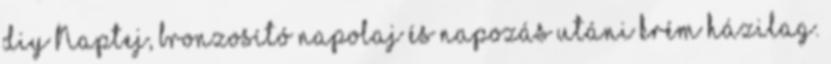
diy Naptej, bronzosító napolaj és napozás utáni krém házilag.